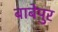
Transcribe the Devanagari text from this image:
बाबेपुर